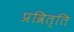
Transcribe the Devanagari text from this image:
प्रव्रित्ति